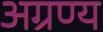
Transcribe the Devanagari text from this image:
अग्रण्य